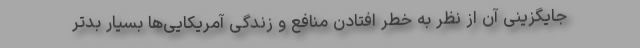
جایگزینی آن از نظر به خطر افتادن منافع و زندگی آمریکایی‌ها بسیار بدتر